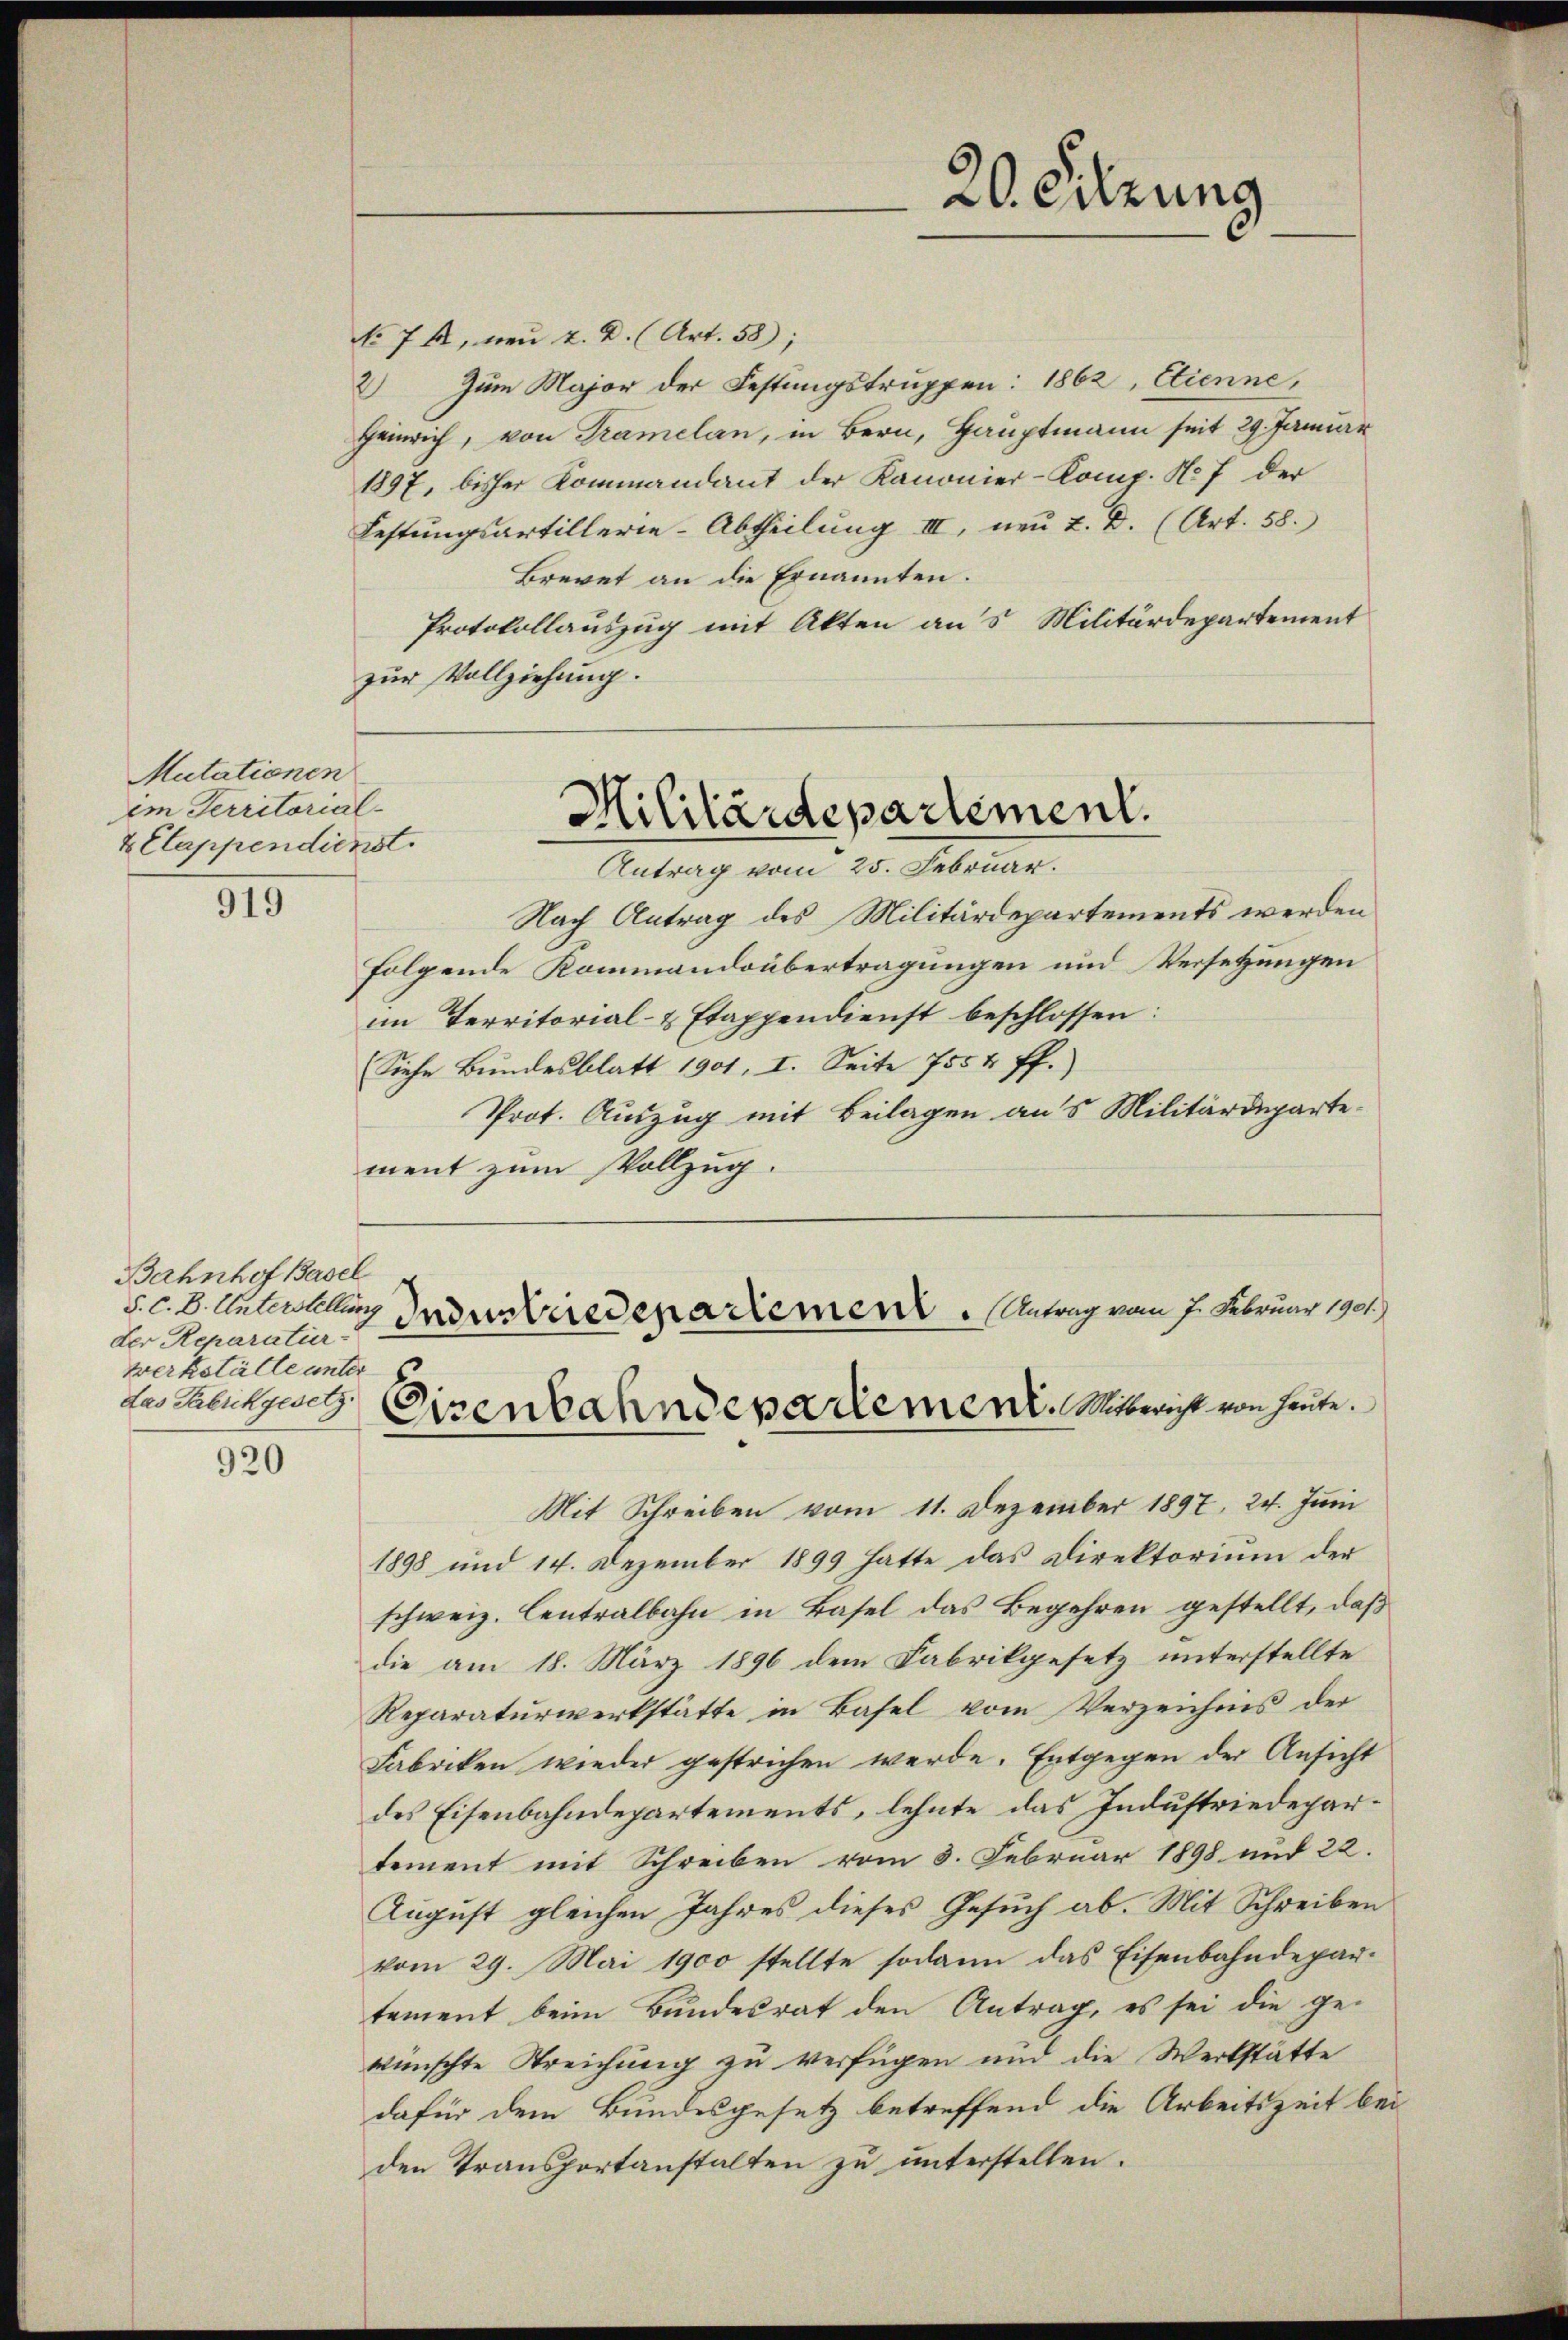
Mutationen
im Territorial-
2 Etappendienst.

919

Bahnhof Basel
5. c. B. Unterstellung
der Reparatur-
Werkställe unter
das Fabrikgesetz

920

No 74, neu 2. D. (Art. 58);
2) Zum Major der Festungstruppen: 1862, Etienne,
Heinrich, von Tramelan, in Bern, Hauptmann seit 29. Januar
1897, bisher Kommandant der Kanonier-Komp. No 7 der
Festungsartillerie-Abtheilung III, neu u. D. (Art. 58.
Brevet an die Ernannten.
Protokollauszug mit Akten aus Militärdepartement
zur Vollziehung.
Militärdepartement.
Antrag vom 23. Februar.
Nach Antrag des Militärdepartements werden
folgende Kommandoübertragungen und Versetzungen
im Territorial- & Etappendienst beschlossen.
Siehe Bundesblatt 1901, I. Seite 755 & ff.)
Prot. Auszug mit Beilagen aus Militärdeparte
ment zum Vollzug.

20. Sitzung

Industredenartement. Antrag vom 7. Februar 1901.)
Eisenbahndepartement. Mitleist von heute.

Mit Schreiben vom 11. Dezember 1897, 24. Juni
1898 und 14. Dezember 1899 hatte das Direktorium der
schweiz. Centralbahn in Basel das Begehren gestellt, daß
die am 18. März 1896 dem Fabrikgesetz unterstellte
Reparaturwerkstätte in Basel vom Verzeichnis der
Fabriken wieder gestrichen werde. Entgegen der Ansicht
des Eisenbahndepartements, lehnte das Industriedepartement mit Schreiben vom 3. Februar 1898 und 22.
August gleichen Jahres dieses Gesuch ab. Mit Schreiben
vom 29. Mai 1900 stellte sodann das Eisenbahndepartement beim Bundesrat den Antrag, es sei die ge-
wünschte Streichung zu verfügen und die Werkstätte
dafür dem Bundesgesetz betreffend die Arbeitszeit bei
den Transportanstalten zu unterstellen.